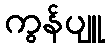
ကွန်ပျူ